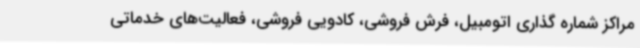
مراکز شماره گذاری اتومبیل، فرش فروشی، کادویی فروشی، فعالیت‌های خدماتی